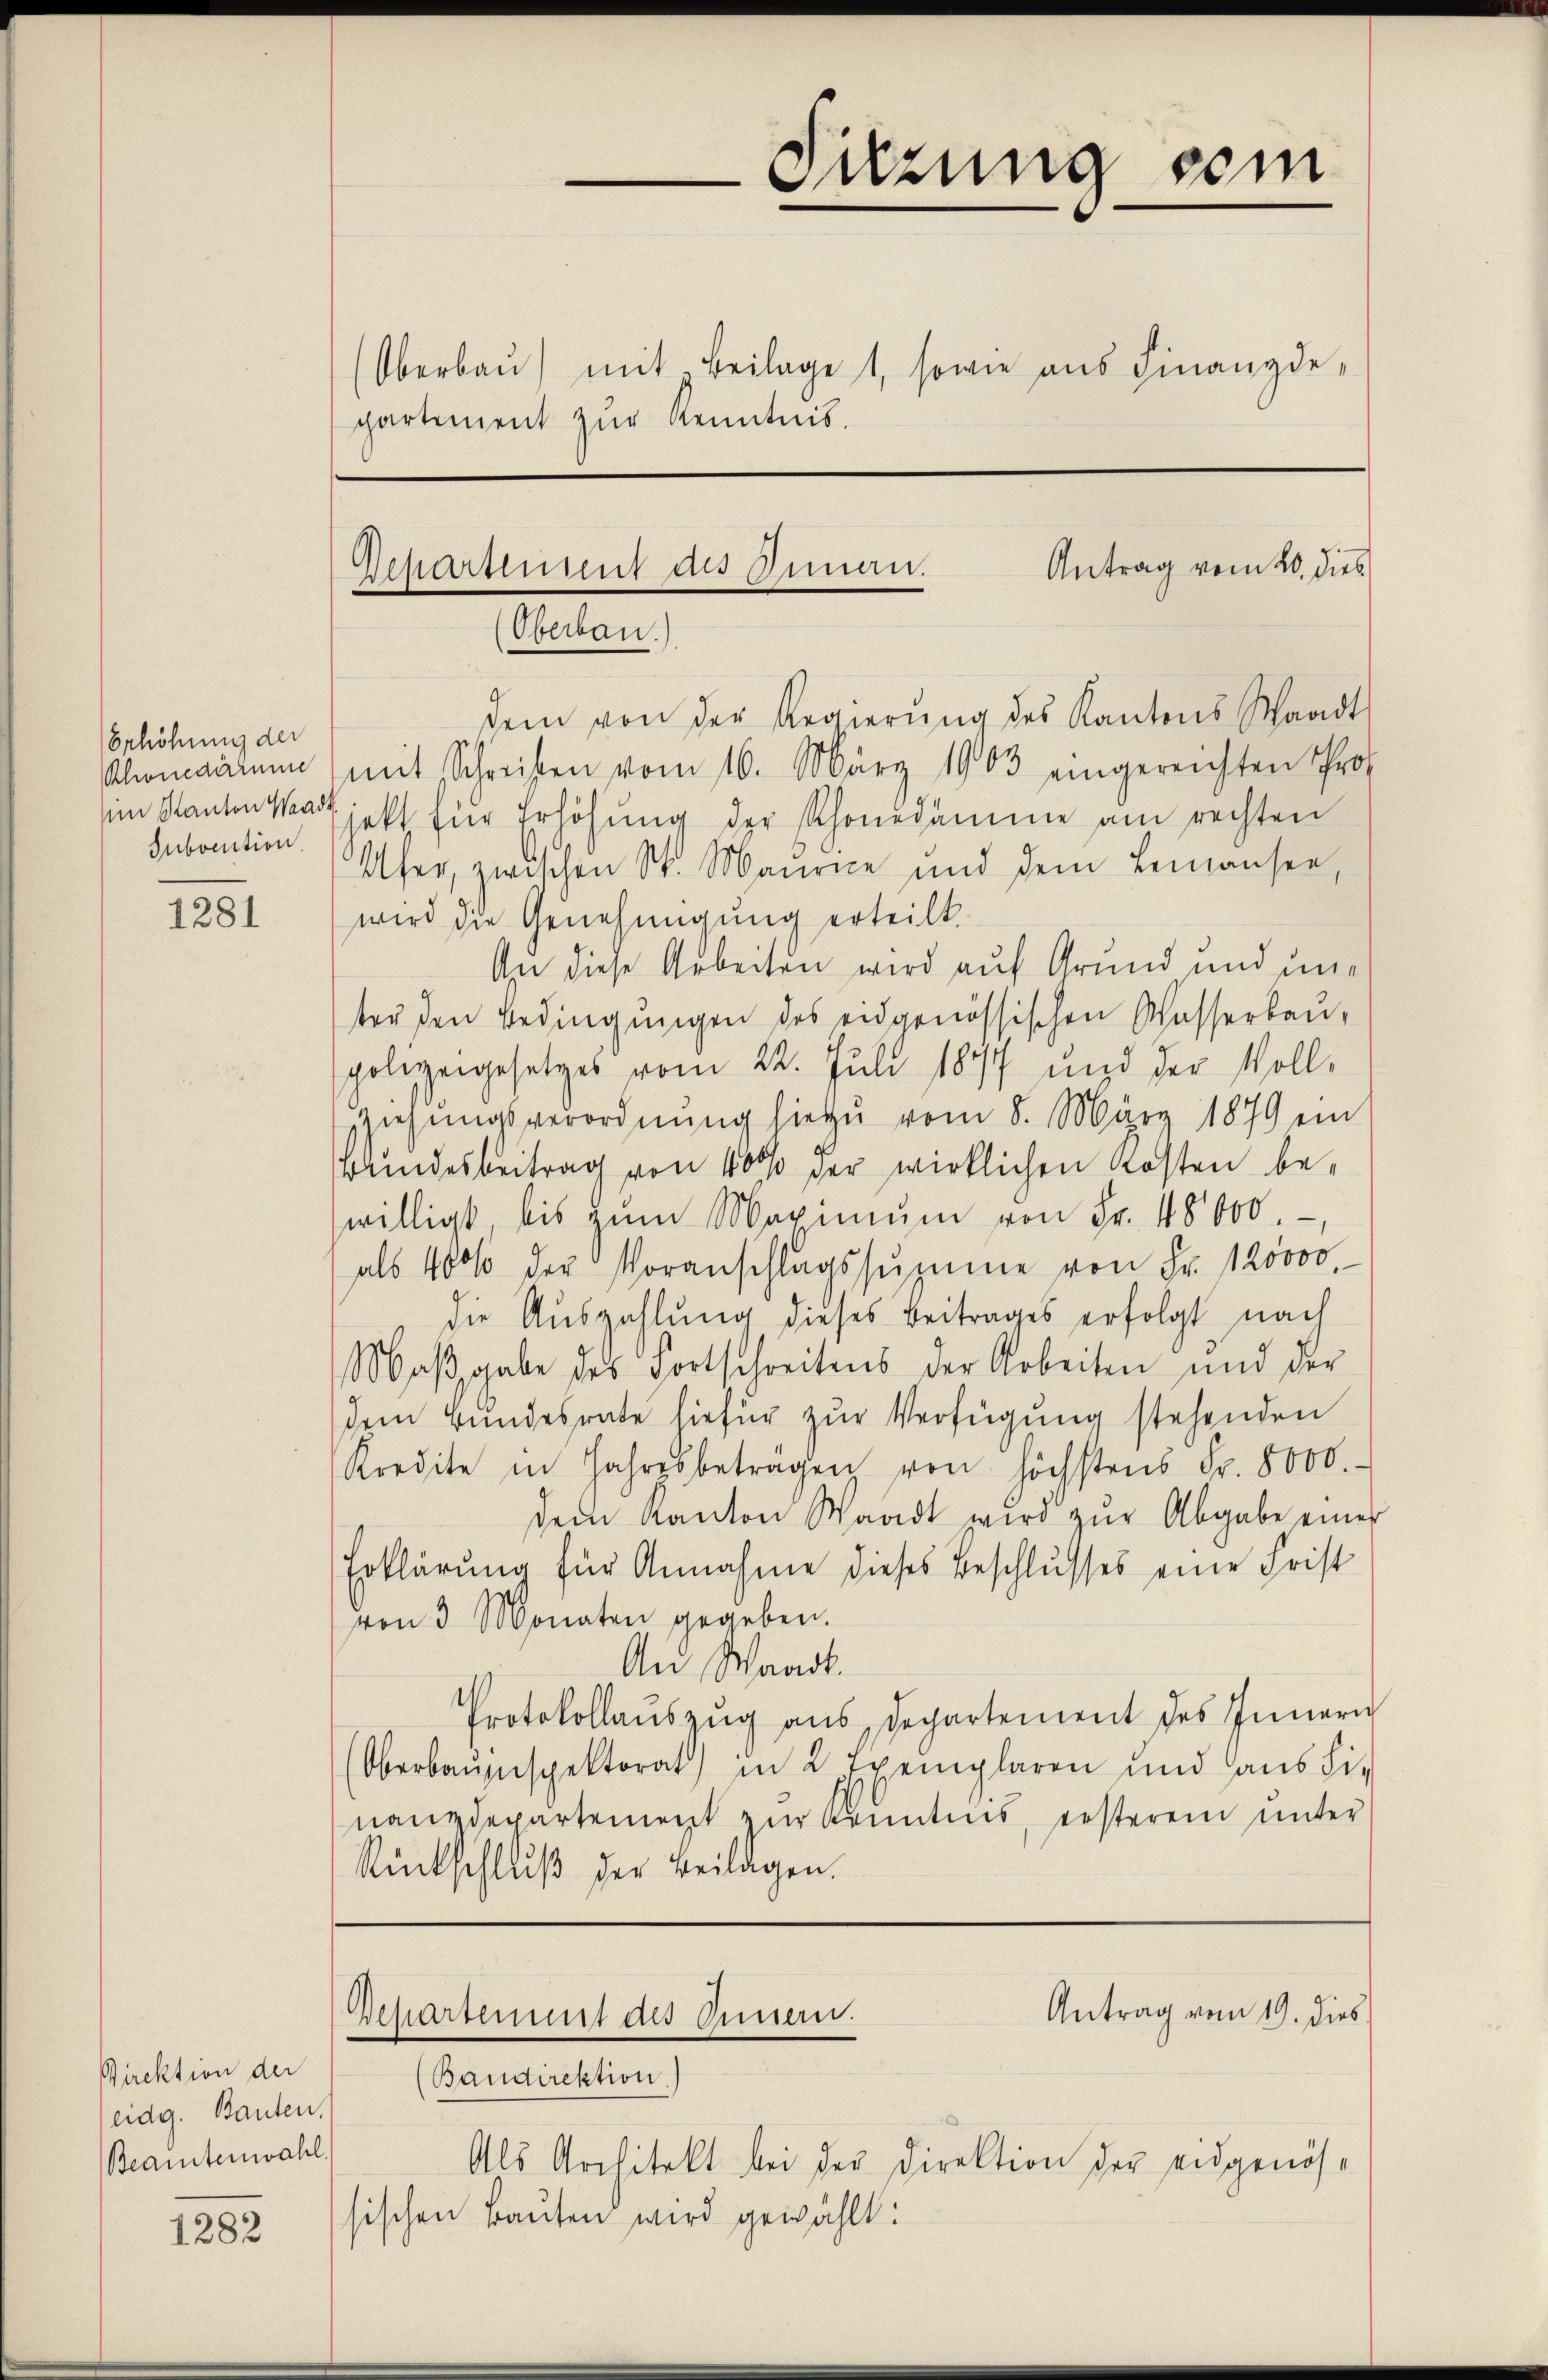
Erhöhung der
Rhonedärmen
im Kanton Waadt
Subvention.

1281

Direktion der
eidg. Bauten.
Beamtenwahl.

1282

Oberbaŭ) mit Beilage 1, sowie aus Finanzde-
partement zŭr Kenntnis.

mit Schreiben vom 16. März 1903 eingereichten Prof
jekt für Erhöhŭng der Rhonedämme am rechten
Ufer, zwischen St. Maurice und dem Lemansen,
wird die Genehmigung erteilt.
An diese Arbeiten wird auf Grund und unter den Bedingungen des eidgenössischen Wasserbau-
polegengesetzes vom 22. Juli 1877 und der Voll-
sziehungsverordnung hiezu vom 8. März 1879 ein
Brindesbeitrag von 400% der wirklichen Kosten bewilligt, bis zŭm Maximŭm von Fr. 48000.
als 4000 der Voranschlagssŭzŭme von Fr. 120000
die Auszahlung dieses Beitrages erfolgt nach
Maβgabe des Fortschreitens der Arbeiten und der
dem Bundesrate hiefür zur Verfügung stehenden
Kredite in Jahresbetragen von höchstens Fr. 8000.
dem Kanton Waadt wird zŭr Abgabe einer
Erklärung für Annahme dieses Beschlusses eine Frist
von 3 Monaten gegeben.
An Waadt.
Protokollauszug aus Departement des Innern
Oberbauinspektorat) in 2 Exemplaren und aus die
nanzdepartement zur Kenntnis, ersterem unter
Rückschlŭβ der Beilagen.

Als Architekt bei der Direktion der eidgenössischen Bauten wird gewählt:

Sitzung sein

Antrag vom 20. dies
Departement des Genau.
(Oberbau.)
dem von der Regierŭng des Kantons Waadt

Antrag vom 19. dies
Departement des Innern.
Bandirektion.